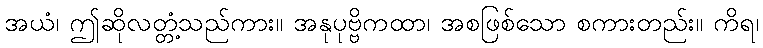
အယံ၊ ဤဆိုလတ္တံ့သည်ကား။ အနုပုဗ္ဗိကထာ၊ အစဖြစ်သော စကားတည်း။ ကိရ၊